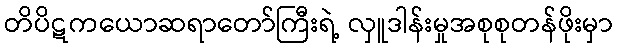
တိပိဋကယောဆရာတော်ကြီးရဲ့ လှူဒါန်းမှုအစုစုတန်ဖိုးမှာ